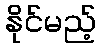
နိုင်မည့်